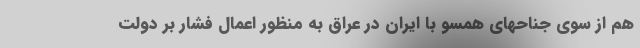
هم از سوی جناحهای همسو با ایران در عراق به منظور اعمال فشار بر دولت